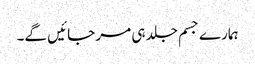
ہمارے جسم جلد ہی مر جائیں گے۔